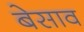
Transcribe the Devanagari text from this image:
बेसाव